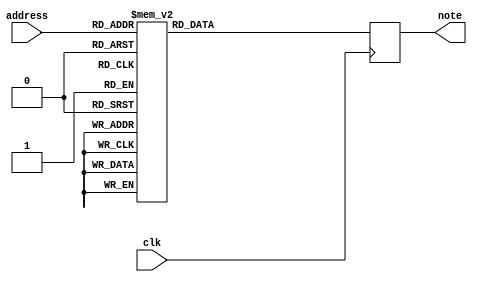
module musicrom_v(
	input clk,
	input [7:0] address,
	output reg [7:0] note
);
//A2 = (Note A, Octave 4)... Yes, I made octave = 2 actually the 4th octave

//24 = A2 
//25 = A#2
//26 = B2
//27 = C2
//28 = C#2
//29 = D2
//30 = D#2
//31 = E2
//32 = F2
//33 = F#2
//34 = G2
//35 = G#2

always @(posedge clk)
case(address)
	  0: note<= 8'd25;
	  1: note<= 8'd27;
	  2: note<= 8'd27;
	  3: note<= 8'd25;
	  4: note<= 8'd22;
	  5: note<= 8'd22;
	  6: note<= 8'd30;
	  7: note<= 8'd30;
	  8: note<= 8'd27;
	  9: note<= 8'd27;
	 10: note<= 8'd25;
	 11: note<= 8'd25;
	 12: note<= 8'd25;
	 13: note<= 8'd25;
	 14: note<= 8'd25;
	 15: note<= 8'd25;
	 16: note<= 8'd25;
	 17: note<= 8'd27;
	 18: note<= 8'd25;
	 19: note<= 8'd27;
	 20: note<= 8'd25;
	 21: note<= 8'd25;
	 22: note<= 8'd30;
	 23: note<= 8'd30;
	 24: note<= 8'd29;
	 25: note<= 8'd29;
	 26: note<= 8'd29;
	 27: note<= 8'd29;
	 28: note<= 8'd29;
	 29: note<= 8'd29;
	 30: note<= 8'd29;
	 31: note<= 8'd29;
	 32: note<= 8'd23;
	 33: note<= 8'd25;
	 34: note<= 8'd25;
	 35: note<= 8'd23;
	 36: note<= 8'd20;
	 37: note<= 8'd20;
	 38: note<= 8'd29;
	 39: note<= 8'd29;
	 40: note<= 8'd27;
	 41: note<= 8'd27;
	 42: note<= 8'd25;
	 43: note<= 8'd25;
	 44: note<= 8'd25;
	 45: note<= 8'd25;
	 46: note<= 8'd25;
	 47: note<= 8'd25;
	 48: note<= 8'd25;
	 49: note<= 8'd27;
	 50: note<= 8'd25;
	 51: note<= 8'd27;
	 52: note<= 8'd25;
	 53: note<= 8'd25;
	 54: note<= 8'd27;
	 55: note<= 8'd27;
	 56: note<= 8'd22;
	 57: note<= 8'd22;
	 58: note<= 8'd22;
	 59: note<= 8'd22;
	 60: note<= 8'd22;
	 61: note<= 8'd22;
	 62: note<= 8'd22;
	 63: note<= 8'd22;
	 64: note<= 8'd25;
	 65: note<= 8'd27;
	 66: note<= 8'd27;
	 67: note<= 8'd25;
	 68: note<= 8'd22;
	 69: note<= 8'd22;
	 70: note<= 8'd30;
	 71: note<= 8'd30;
	 72: note<= 8'd27;
	 73: note<= 8'd27;
	 74: note<= 8'd25;
	 75: note<= 8'd25;
	 76: note<= 8'd25;
	 77: note<= 8'd25;
	 78: note<= 8'd25;
	 79: note<= 8'd25;
	 80: note<= 8'd25;
	 81: note<= 8'd27;
	 82: note<= 8'd25;
	 83: note<= 8'd27;
	 84: note<= 8'd25;
	 85: note<= 8'd25;
	 86: note<= 8'd30;
	 87: note<= 8'd30;
	 88: note<= 8'd29;
	 89: note<= 8'd29;
	 90: note<= 8'd29;
	 91: note<= 8'd29;
	 92: note<= 8'd29;
	 93: note<= 8'd29;
	 94: note<= 8'd29;
	 95: note<= 8'd29;
	 96: note<= 8'd23;
	 97: note<= 8'd25;
	 98: note<= 8'd25;
	 99: note<= 8'd23;
	100: note<= 8'd20;
	101: note<= 8'd20;
	102: note<= 8'd29;
	103: note<= 8'd29;
	104: note<= 8'd27;
	105: note<= 8'd27;
	106: note<= 8'd25;
	107: note<= 8'd25;
	108: note<= 8'd25;
	109: note<= 8'd25;
	110: note<= 8'd25;
	111: note<= 8'd25;
	112: note<= 8'd25;
	113: note<= 8'd27;
	114: note<= 8'd25;
	115: note<= 8'd27;
	116: note<= 8'd25;
	117: note<= 8'd25;
	118: note<= 8'd32;
	119: note<= 8'd32;
	120: note<= 8'd30;
	121: note<= 8'd30;
	122: note<= 8'd30;
	123: note<= 8'd30;
	124: note<= 8'd30;
	125: note<= 8'd30;
	126: note<= 8'd30;
	127: note<= 8'd30;
	128: note<= 8'd27;
	129: note<= 8'd27;
	130: note<= 8'd27;
	131: note<= 8'd27;
	132: note<= 8'd30;
	133: note<= 8'd30;
	134: note<= 8'd30;
	135: note<= 8'd27;
	136: note<= 8'd25;
	137: note<= 8'd25;
	138: note<= 8'd22;
	139: note<= 8'd22;
	140: note<= 8'd25;
	141: note<= 8'd25;
	142: note<= 8'd25;
	143: note<= 8'd25;
	144: note<= 8'd23;
	145: note<= 8'd23;
	146: note<= 8'd27;
	147: note<= 8'd27;
	148: note<= 8'd25;
	149: note<= 8'd25;
	150: note<= 8'd23;
	151: note<= 8'd23;
	152: note<= 8'd22;
	153: note<= 8'd22;
	154: note<= 8'd22;
	155: note<= 8'd22;
	156: note<= 8'd22;
	157: note<= 8'd22;
	158: note<= 8'd22;
	159: note<= 8'd22;
	160: note<= 8'd20;
	161: note<= 8'd20;
	162: note<= 8'd22;
	163: note<= 8'd22;
	164: note<= 8'd25;
	165: note<= 8'd25;
	166: note<= 8'd27;
	167: note<= 8'd27;
	168: note<= 8'd29;
	169: note<= 8'd29;
	170: note<= 8'd29;
	171: note<= 8'd29;
	172: note<= 8'd29;
	173: note<= 8'd29;
	174: note<= 8'd29;
	175: note<= 8'd29;
	176: note<= 8'd30;
	177: note<= 8'd30;
	178: note<= 8'd30;
	179: note<= 8'd30;
	180: note<= 8'd29;
	181: note<= 8'd29;
	182: note<= 8'd27;
	183: note<= 8'd27;
	184: note<= 8'd25;
	185: note<= 8'd25;
	186: note<= 8'd23;
	187: note<= 8'd20;
	188: note<= 8'd20;
	189: note<= 8'd20;
	190: note<= 8'd20;
	191: note<= 8'd20;
	192: note<= 8'd25;
	193: note<= 8'd27;
	194: note<= 8'd27;
	195: note<= 8'd25;
	196: note<= 8'd22;
	197: note<= 8'd22;
	198: note<= 8'd30;
	199: note<= 8'd30;
	200: note<= 8'd27;
	201: note<= 8'd27;
	202: note<= 8'd25;
	203: note<= 8'd25;
	204: note<= 8'd25;
	205: note<= 8'd25;
	206: note<= 8'd25;
	207: note<= 8'd25;
	208: note<= 8'd25;
	209: note<= 8'd27;
	210: note<= 8'd25;
	211: note<= 8'd27;
	212: note<= 8'd25;
	213: note<= 8'd25;
	214: note<= 8'd30;
	215: note<= 8'd30;
	216: note<= 8'd29;
	217: note<= 8'd29;
	218: note<= 8'd29;
	219: note<= 8'd29;
	220: note<= 8'd29;
	221: note<= 8'd29;
	222: note<= 8'd29;
	223: note<= 8'd29;
	224: note<= 8'd23;
	225: note<= 8'd25;
	226: note<= 8'd25;
	227: note<= 8'd23;
	228: note<= 8'd20;
	229: note<= 8'd20;
	230: note<= 8'd29;
	231: note<= 8'd29;
	232: note<= 8'd27;
	233: note<= 8'd27;
	234: note<= 8'd25;
	235: note<= 8'd25;
	236: note<= 8'd25;
	237: note<= 8'd25;
	238: note<= 8'd25;
	239: note<= 8'd25;
	240: note<= 8'd25;
	241: note<= 8'd0;
	242: note<= 8'd00;
	default: note <= 8'd0;
endcase
endmodule